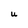
Character: U